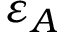
\varepsilon _ { A }